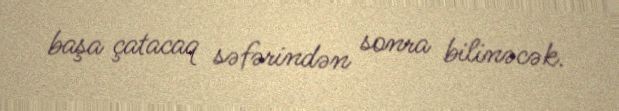
başa çatacaq səfərindən sonra bilinəcək.